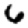
Digit: 6